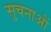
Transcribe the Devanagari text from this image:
सुचनाओं